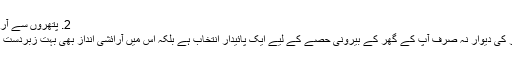
2. ​پتھروں سے آرائش
پتھر کی دیوار نہ صرف آپ کے گھر کے بیرونی حصے کے لیے ایک پائیدار انتخاب ہے بلکہ اس میں آرائشی انداز بھی بہت زبردست ہے۔